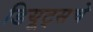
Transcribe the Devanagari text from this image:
डियूट्सचे